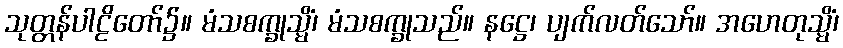
သုတ္တန်ပါဠိတော်၌။ မံသစက္ခုသ္မိံ၊ မံသစက္ခုသည်။ နဋ္ဌေ၊ ပျက်လတ်သော်။ အဟေတုသ္မိံ၊